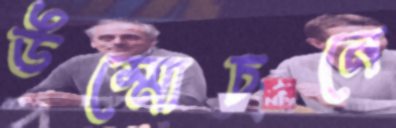
উম্মোচনে